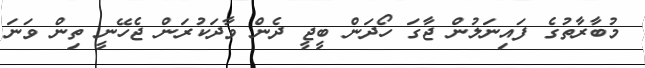
މުބާރާތުގެ ފައިނަލުން ޖާގަ ހޯދަން ބީޖީ ދެން ވާދަކުރަން ޖެހޭނީ ތިން ވަނަ